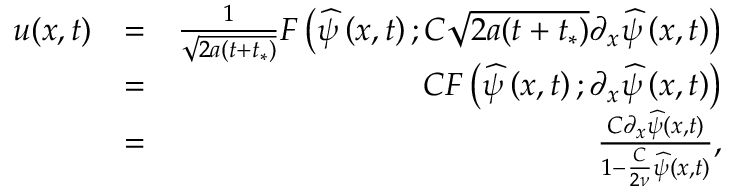
\begin{array} { r l r } { u ( x , t ) } & { = } & { \frac { 1 } { \sqrt { 2 a ( t + t _ { * } ) } } F \left( \widehat { \psi } \left( x , t \right) ; C \sqrt { 2 a ( t + t _ { * } ) } \partial _ { x } \widehat { \psi } \left( x , t \right) \right) } \\ & { = } & { C F \left( \widehat { \psi } \left( x , t \right) ; \partial _ { x } \widehat { \psi } \left( x , t \right) \right) } \\ & { = } & { \frac { C \partial _ { x } \widehat { \psi } ( x , t ) } { 1 - \frac { C } { 2 \nu } \widehat { \psi } ( x , t ) } , } \end{array}